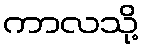
ကာလသို့